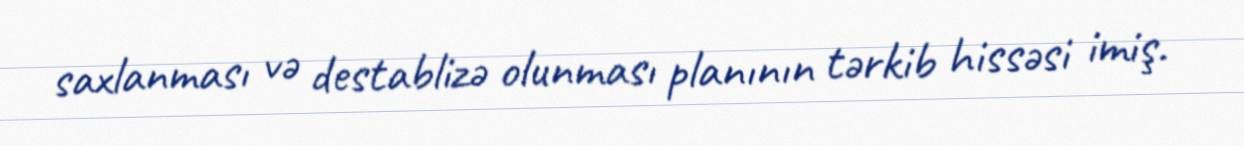
saxlanması və destablizə olunması planının tərkib hissəsi imiş.